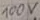
Text: 100V